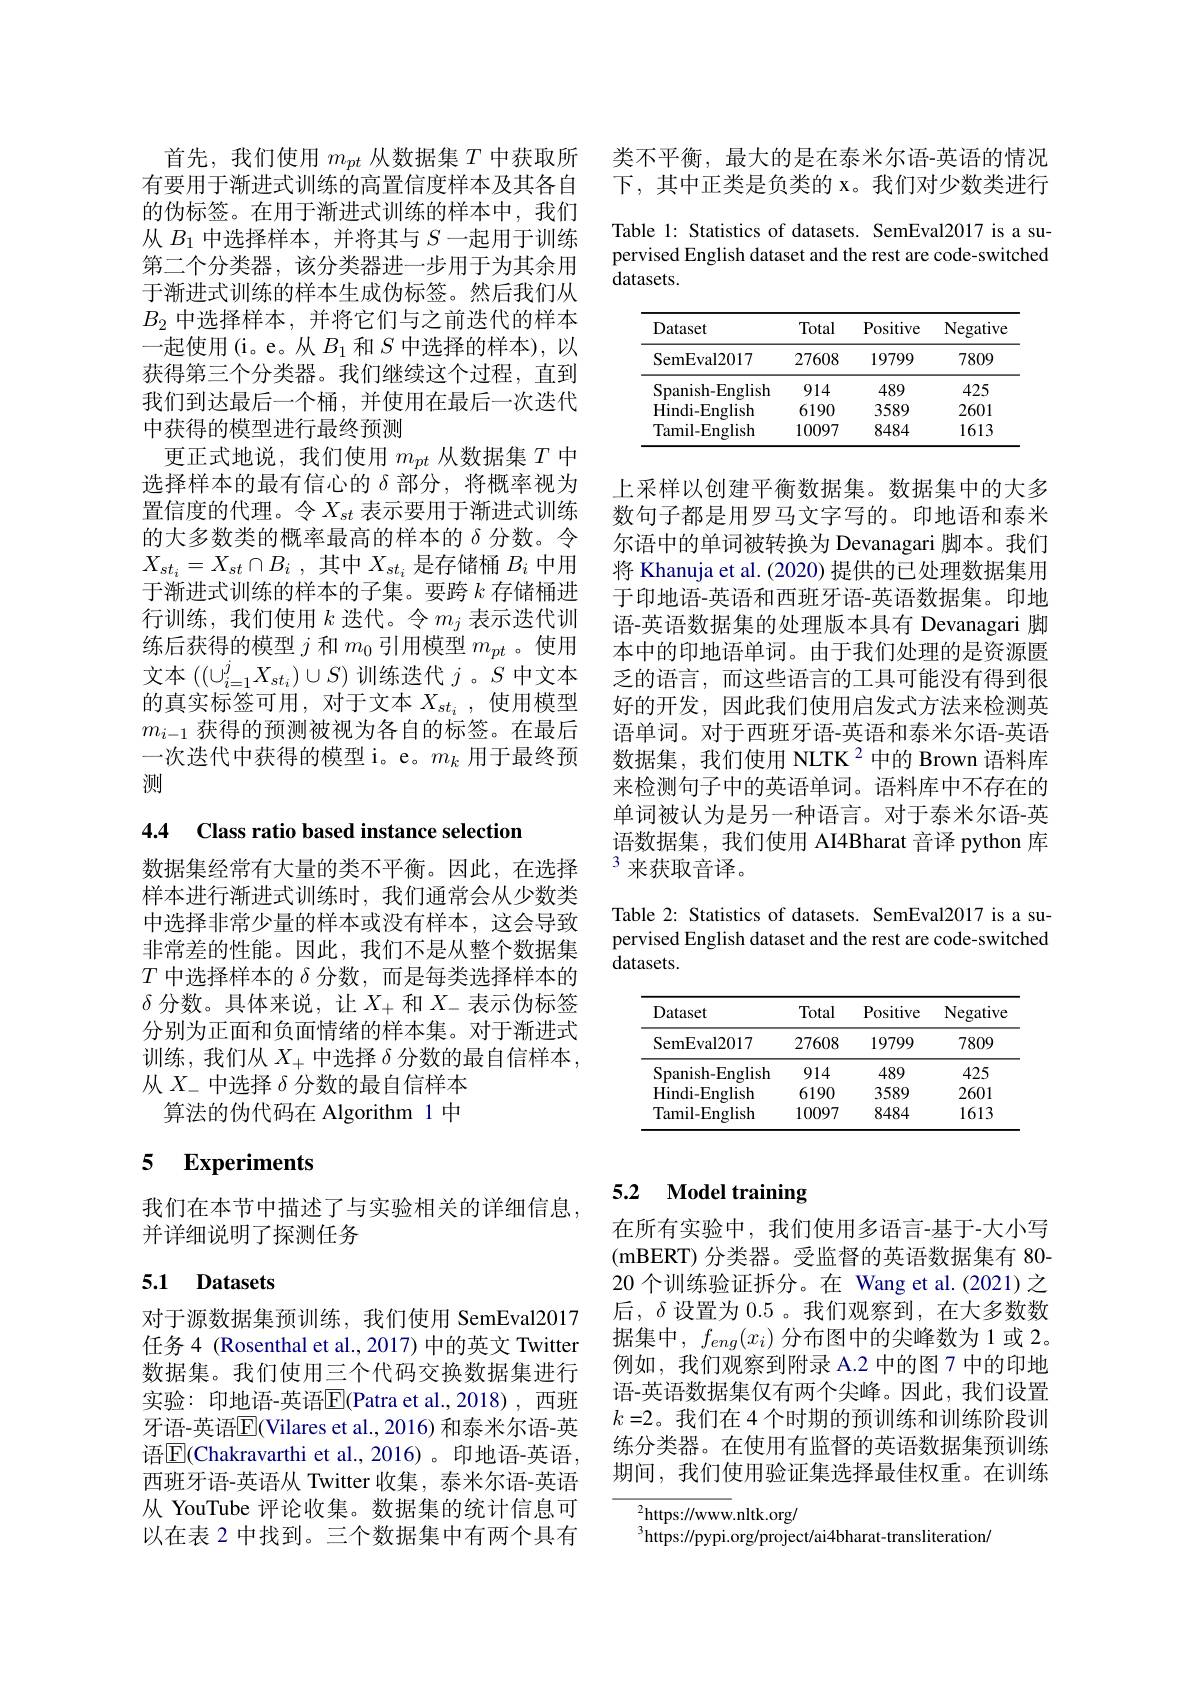
首先，我们使用$m_{pt}$从数据集$T$中获取所有要用于渐进式训练的高置信度样本及其各自的伪标签。在用于渐进式训练的样本中，我们从$B_1$中选择样本，并将其与$S$一起用于训练第二个分类器，该分类器进一步用于为其余用于渐进式训练的样本生成伪标签。然后我们从$B_2$中选择样本，并将它们与之前迭代的样本一起使用(i。e。从$B_1$和$S$中选择的样本),以获得第三个分类器。我们继续这个过程，直到我们到达最后一个桶，并使用在最后一次迭代中获得的模型进行最终预测
更正式地说，我们使用$m_{pt}$从数据集$T$中选择样本的最有信心的$\delta$部分，将概率视为置信度的代理。令$X_{st}$ 表示要用于渐进式训练的大多数类的概率最高的样本的$\delta$分数。令$X_{st_i}= X_{st}\cap B_i$ ,其中$X_st_i$是存储桶$B_i$中用于渐进式训练的样本的子集。要跨$k$存储桶进行训练，我们使用$k$迭代。令$m_j$表示迭代训练后获得的模型$j$和$m_0$引用模型$m_pt$ 。使用文本$\left((\cup_{i=1}^{j}X_{st_{i}})\cup S\right)$训练迭代$j$。$S$中文本的真实标签可用，对于文本$X_st_i$ ,使用模型$m_{i-1}$获得的预测被视为各自的标签。在最后一次迭代中获得的模型 i。e。$m_k$用于最终预测

4.4 Class ratio based instance selection

数据集经常有大量的类不平衡。因此，在选择样本进行渐进式训练时，我们通常会从少数类中选择非常少量的样本或没有样本，这会导致非常差的性能。因此，我们不是从整个数据集$T$中选择样本的$\delta$分数，而是每类选择样本的$\delta$分数。具体来说，让$X_+$和$X_-$表示伪标签分别为正面和负面情绪的样本集。对于渐进式训练，我们从$X_+$中选择$\delta$分数的最自信样本， 从$X_{-}$中选择$\delta$分数的最自信样本
算法的伪代码在 Algorithm 1 中

## 5 $\mathbf{Experiments}$

我们在本节中描述了与实验相关的详细信息，
并详细说明了探测任务

### 5.1 Datasets

对于源数据集预训练，我们使用 SemEval2017任务 4 (Rosenthal et al., 2017) 中的英文 Twitter 数据集。我们使用三个代码交换数据集进行实验：印地语-英语$\overline{\mathrm{E}}$(Patra et al.,2018),西班牙语-英语$\overline{\mathrm{E}}($Vilares et al., 2016) 和泰米尔语-英语$\boxed{\mathrm{E}}($Chakravarthi et al.,2016)。印地语-英语， 西班牙语-英语从 Twitter 收集，泰米尔语-英语从 YouTube 评论收集。数据集的统计信息可以在表 2 中找到。三个数据集中有两个具有

类不平衡，最大的是在泰米尔语-英语的情况下，其中正类是负类的 x。我们对少数类进行

Table 1: Statistics of datasets. SemEval2017 is a supervised English dataset and the rest are code-switched datasets.

<table>
	<tbody>
		<tr>
			<th>Dataset</th>
			<th>Total</th>
			<th>Positive</th>
			<th>Negative</th>
		</tr>
		<tr>
			<td>SemEval2017</td>
			<td>27608</td>
			<td>19799</td>
			<td>7809</td>
		</tr>
		<tr>
			<td>Spanish-English</td>
			<td>914</td>
			<td>489</td>
			<td>425</td>
		</tr>
		<tr>
			<td>Hindi- English</td>
			<td>6190</td>
			<td>3589</td>
			<td>2601</td>
		</tr>
		<tr>
			<td>Tamil-English</td>
			<td>10097</td>
			<td>8484</td>
			<td>1613</td>
		</tr>
	</tbody>
</table>

上采样以创建平衡数据集。数据集中的大多数句子都是用罗马文字写的。印地语和泰米尔语中的单词被转换为 Devanagari 脚本。我们将 Khanuja et al. (2020) 提供的已处理数据集用于印地语-英语和西班牙语-英语数据集。印地语-英语数据集的处理版本具有 Devanagari 脚本中的印地语单词。由于我们处理的是资源匮乏的语言，而这些语言的工具可能没有得到很好的开发，因此我们使用启发式方法来检测英语单词。对于西班牙语-英语和泰米尔语-英语数据集，我们使用 NLTK $^{2}$中的 Brown 语料库来检测句子中的英语单词。语料库中不存在的单词被认为是另一种语言。对于泰米尔语-英语数据集，我们使用 AI4Bharat 音译 python 库$^{3}$来获取音译。

Table 2: Statistics of datasets. SemEval2017 is a supervised English dataset and the rest are code-switched datasets.

<table>
	<tbody>
		<tr>
			<th>Dataset</th>
			<th>Total</th>
			<th>Positive</th>
			<th>Negative</th>
		</tr>
		<tr>
			<td>SemEval2017</td>
			<td>27608</td>
			<td>19799</td>
			<td>7809</td>
		</tr>
		<tr>
			<td>Spanish-English</td>
			<td>914</td>
			<td>489</td>
			<td>425</td>
		</tr>
		<tr>
			<td>Hindi- English</td>
			<td>6190</td>
			<td>3589</td>
			<td>2601</td>
		</tr>
		<tr>
			<td>Tamil-English</td>
			<td>10097</td>
			<td>8484</td>
			<td>1613</td>
		</tr>
	</tbody>
</table>

# 5.2 Model training

在所有实验中，我们使用多语言-基于-大小写(mBERT) 分类器。受监督的英语数据集有 80- 20 个训练验证拆分。在 Wang et al.(2021) 之后，$\delta$设置为0.5。我们观察到，在大多数数据集中，$f_{eng}(x_i)$分布图中的尖峰数为1或2。例如，我们观察到附录 A.2 中的图 7 中的印地语-英语数据集仅有两个尖峰。因此，我们设置$k=2$。我们在 4 个时期的预训练和训练阶段训练分类器。在使用有监督的英语数据集预训练期间，我们使用验证集选择最佳权重。在训练

${{\frac{2}{\mathrm{https:}}//\mathrm{www}}.\mathrm{nltk.org/}}$
$^{3}$https://pypi.org/project/ai4bharat-transliteration/